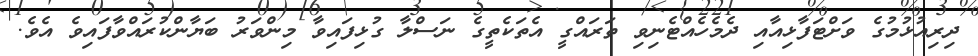
ދިރިއުޅުމުގެ ވަށްޓަފާޅިއާއި ދެމެހެއްޓެނިވި ތަރައްގީ އެތަކެތީގެ ނަސްލާ ގުޅިފައިވާ މިންވަރު ބަޔާންކުރައްވާފައިވެ އެވެ.